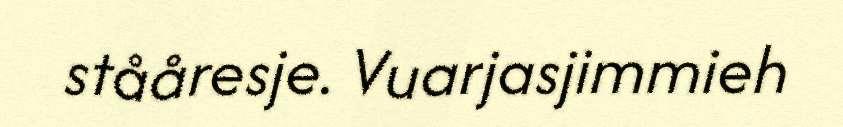
stååresje. Vuarjasjimmieh